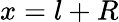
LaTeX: x=l+R